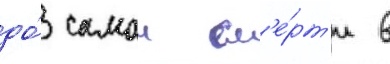
до́ самои см'е́рт'и в